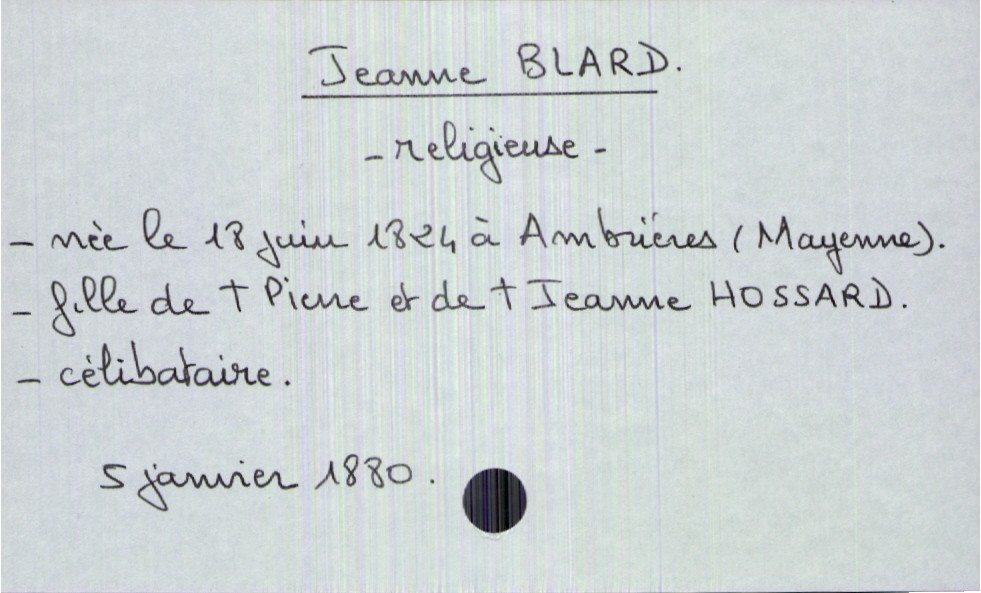
type_acte: Décès
année: 1880
mois: janvier
jour: 5
défunt_nom: Blard
défunt_prénom: Jeanne
défunt_sexe: F
défunt_profession: religieuse
défunt_date_de_naissance: 18 juin 1824
défunt_lieu_de_naissance: Ambrières (Mayenne)
défunt_statut: célibataire
père_défunt_nom: Blard
père_défunt_prénom: Pierre
père_défunt_statut: décédé
mère_défunt_nom: Hossard
mère_défunt_prénom: Jeanne
mère_défunt_statut: décédée